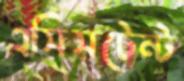
এসিসটেন্ট